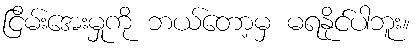
ငြိမ်းအေးမှုကို ဘယ်တော့မှ မရနိုင်ပါဘူး။